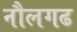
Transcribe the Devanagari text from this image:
नौलगढ